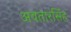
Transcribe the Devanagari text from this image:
अवतारसिंह